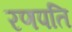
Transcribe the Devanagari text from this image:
रणपति